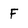
Character: F